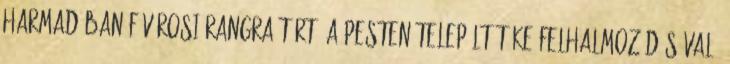
harmadában fővárosi rangra tört. A Pesten települt tőke felhalmozódásával,